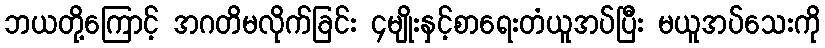
ဘယတို့ကြောင့် အဂတိမလိုက်ခြင်း ၄မျိုးနှင့်စာရေးတံယူအပ်ပြီး မယူအပ်သေးကို